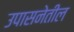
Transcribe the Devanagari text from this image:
उपासनेतील